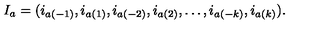
I _ { a } = ( i _ { a ( - 1 ) } , i _ { a ( 1 ) } , i _ { a ( - 2 ) } , i _ { a ( 2 ) } , \ldots , i _ { a ( - k ) } , i _ { a ( k ) } ) .